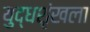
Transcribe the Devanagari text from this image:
युद्धशृंखला